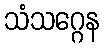
သံသဂ္ဂေန